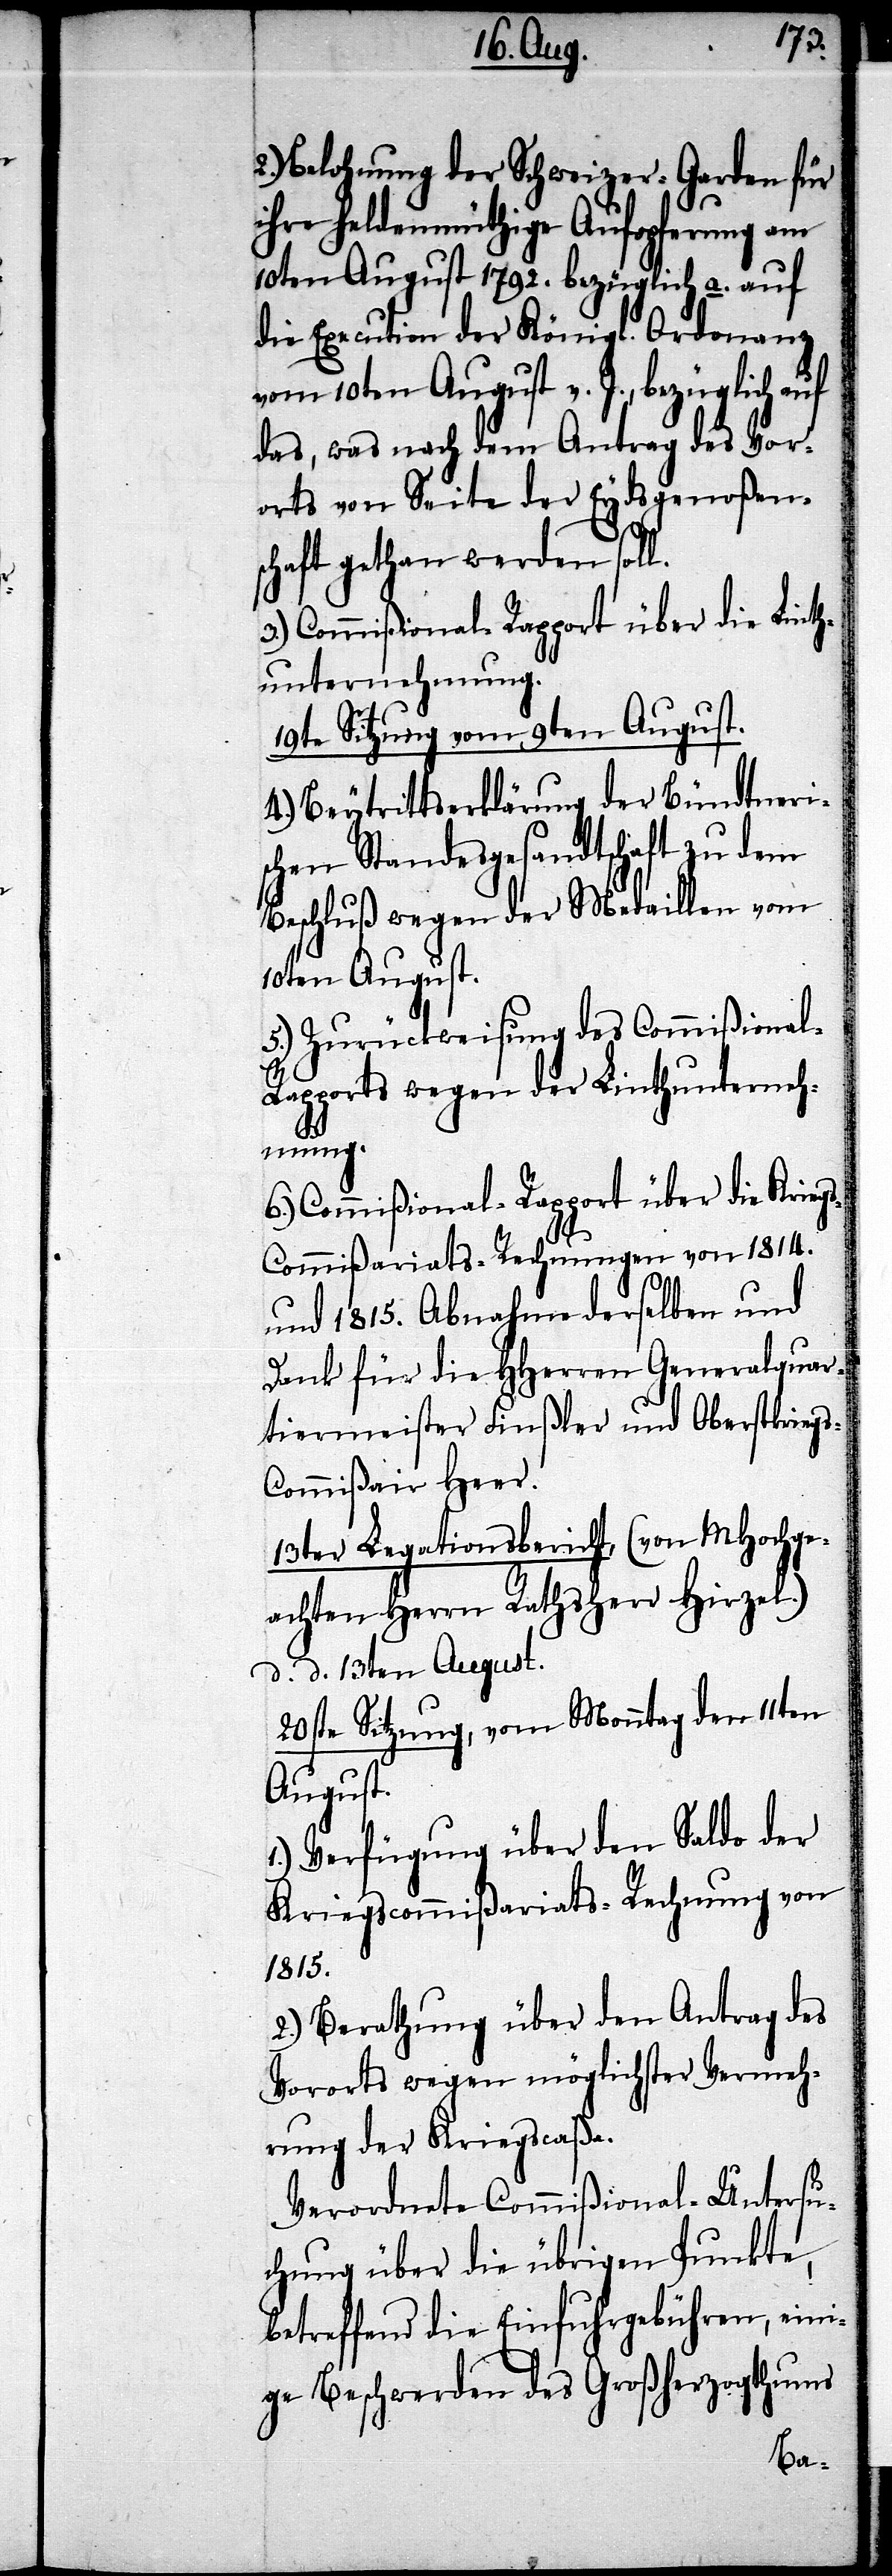
2.) Belohnung der Schweizer-Garden für
ihre heldenmüthige Aufopferung am
10ten August 1792. bezüglich a. auf
die Execution der Königl. Ordonanz
vom 10ten August v. J., bezüglich
das, was nach dem Antrag des Vor¬
orts von Seite der Eydsgenoßen¬
schaft gethan werden soll.
3.) Commißional-Rapport über die Linth¬
unternehmung.
19te Sitzung vom 9ten August.
4.) Beytrittserklärung der Bündtneris¬
chen Standesgesandtschaft zu
Beschluß wegen der Medaillen vom
10ten August.
5.) Zurückweisung des Commißiona¬
l-Rapports wegen der Linthunterneh¬
s-C¬
mung.
6.) Commißional-Rapport über die Krieg¬
s-Commißariats-Rechnungen von 1814.
und 1815. Abnahme derselben und
Dank für die HHerren Generalquar¬
tiermeister Finßler und Oberstkrieg¬
ommißair Heer.
13ter Legationsbericht, (von MHochge¬
achten Herrn Rathsherr Hirzel.)
d. d. 13ten August.
20ste Sitzung, vom Monntag den 11ten
August.
1.) Verfügung über den Saldo der
Kriegscommißariats-Rechnung von
1815.
2.) Berathung über den Antrag des
Vororts wegen möglichster Vermeh¬
rung der Kriegscaßa.
Verordnete Commißonal-Untersu¬
chung über die übrigen Punkte,
betreffend die Einfuhrgebühren, eini¬
ge Beschwerden des Großherzogthums